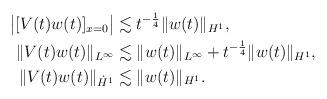
LaTeX: \begin{align*}\begin{aligned}\bigl|[V(t)w(t)]_{x=0}\bigr| & \lesssim t^{-\frac14}\|w(t)\|_{H^1}, \\\|V(t)w(t)\|_{L^\infty} & \lesssim \|w(t)\|_{L^\infty} + t^{-\frac14}\|w(t)\|_{H^1}, \\\|V(t)w(t)\|_{\dot H^1} & \lesssim \|w(t)\|_{H^1}.\end{aligned}\end{align*}